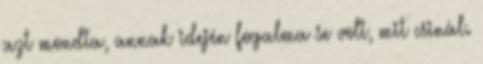
azt mondta, annak idején fogalma se volt, mit csinál.